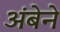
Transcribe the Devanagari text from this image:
अंबेने